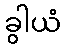
ခွါယံ